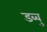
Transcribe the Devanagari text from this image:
डब्बु